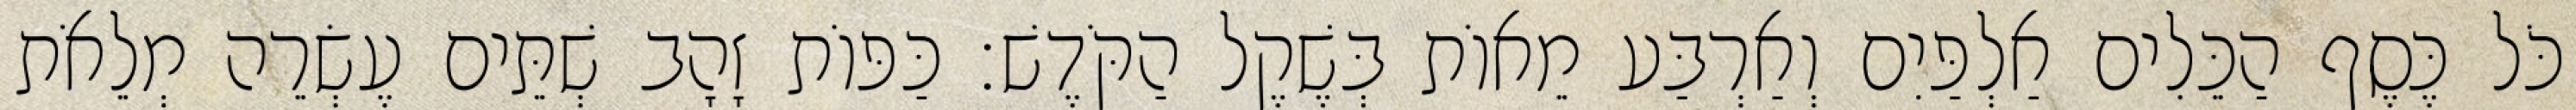
כֹּל כֶּסֶף הַכֵּלִים אַלְפַּיִם וְאַרְבַּע מֵאוֹת בְּשֶׁקֶל הַקֹּדֶשׁ׃ כַּפּוֹת זָהָב שְׁתֵּים עֶשְׂרֵה מְלֵאֹת